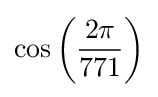
\cos \left({\frac {2\pi }{771}}\right)